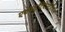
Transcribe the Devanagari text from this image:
एक्स्ट्रॉटेरेस्टेरीयल